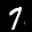
Label: 7